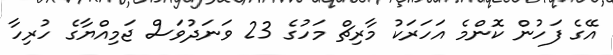
އޭގެ ފަހުން ކޮންމެ އަހަރަކު މާރިޗް މަހުގެ 23 ވަނަދުވަސް ޖަމިއްޔާގެ ހުރިހާ